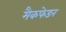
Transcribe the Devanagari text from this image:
मैकफेडन